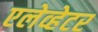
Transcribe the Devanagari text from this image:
एलेव्हेटर